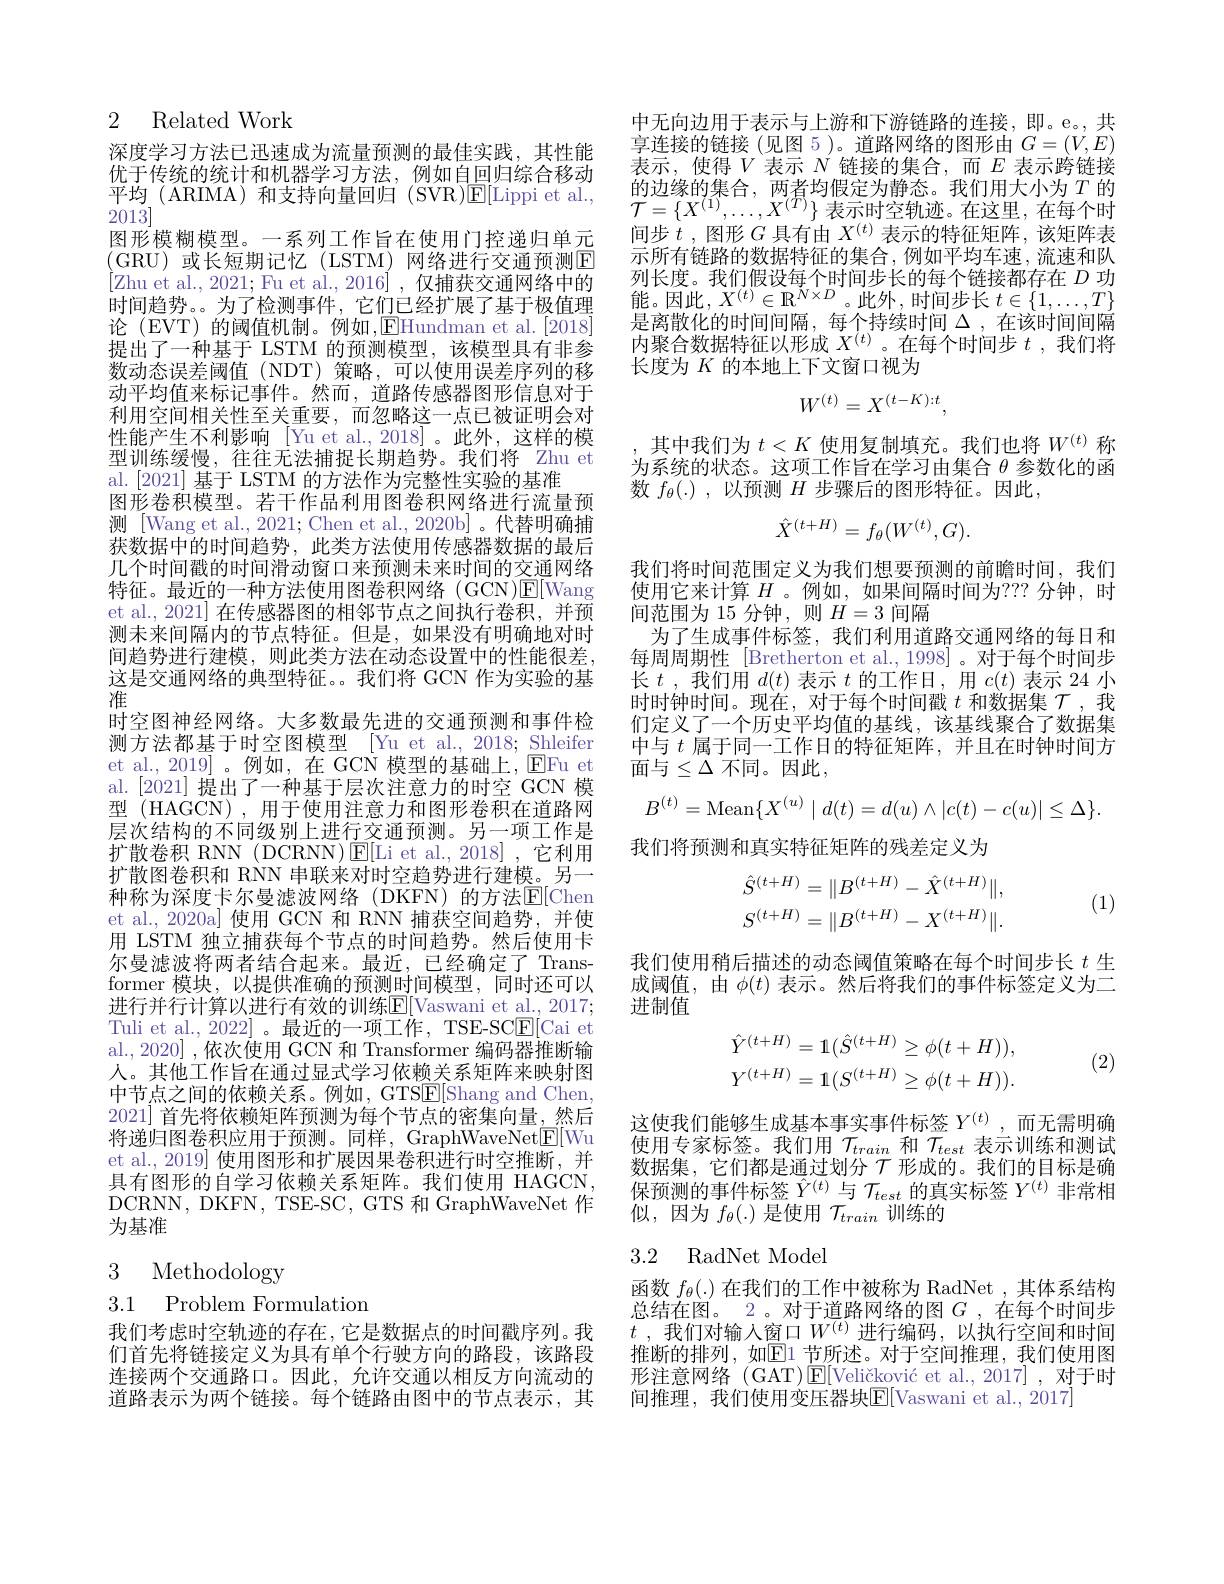
## 2 Related Work

深度学习方法已迅速成为流量预测的最佳实践，其性能优于传统的统计和机器学习方法，例如自回归综合移动平均 (ARIMA) 和支持向量回归 (SVR)$\mathsf{E}[$Lippi et al., 2013]
图形模糊模型。一系列工作旨在使用门控递归单元(GRU)或长短期记忆(LSTM)网络进行交通预测E [Zhu et al., 2021; Fu et al., 2016] , 仅捕获交通网络中的时间趋势。为了检测事件，它们已经扩展了基于极值理论 (EVT) 的阈值机制。例如，EHundman et al.[2018] 提出了一种基于 LSTM 的预测模型，该模型具有非参数动态误差阈值(NDT)策略，可以使用误差序列的移动平均值来标记事件。然而，道路传感器图形信息对于利用空间相关性至关重要，而忽略这一点已被证明会对性能产生不利影响[Yu et al., 2018]。此外，这样的模型训练缓慢，往往无法捕捉长期趋势。我们将 Zhu et al.[2021] 基于 LSTM 的方法作为完整性实验的基准
图形卷积模型。若干作品利用图卷积网络进行流量预测[Wang et al., 2021; Chen et al., 2020b]。代替明确捕获数据中的时间趋势，此类方法使用传感器数据的最后几个时间戳的时间滑动窗口来预测未来时间的交通网络特征。最近的一种方法使用图卷积网络(GCN)$\mathsf{E}[$Wang et al., 2021] 在传感器图的相邻节点之间执行卷积，并预测未来间隔内的节点特征。但是，如果没有明确地对时间趋势进行建模，则此类方法在动态设置中的性能很差， 这是交通网络的典型特征。。我们将 GCN 作为实验的基淮
时空图神经网络。大多数最先进的交通预测和事件检测方法都基于时空图模型 [Yu et al., 2018; Shleifer et al., 2019]。例如，在 GCN 模型的基础上，$\operatorname{EFu}$ et al. [2021] 提出了一种基于层次注意力的时空 GCN 模型 (HAGCN), 用于使用注意力和图形卷积在道路网层次结构的不同级别上进行交通预测。另一项工作是扩散卷积 RNN (DCRNN)$\operatorname{E}[$Li et al.,2018],它利用扩散图卷积和 RNN 串联来对时空趋势进行建模。另一种称为深度卡尔曼滤波网络(DKFN)的方法$\mathbb{E}[$Chen et al., 2020a] 使用 GCN 和 RNN 捕获空间趋势，并使用 LSTM 独立捕获每个节点的时间趋势。然后使用卡尔曼滤波将两者结合起来。最近，已经确定了 Transformer 模块，以提供准确的预测时间模型，同时还可以进行并行计算以进行有效的训练$\overline{\mathrm{E}}[$Vaswani et al., 2017; Tuli et al., 2022] 。最近的一项工作，TSE-SC$\underline{\mathrm{E}}[$Cai et al., 2020] , 依次使用 GCN 和 Transformer 编码器推断输人。其他工作旨在通过显式学习依赖关系矩阵来映射图中节点之间的依赖关系。例如，GTSE[Shang and Chen, 2021] 首先将依赖矩阵预测为每个节点的密集向量，然后将递归图卷积应用于预测。同样，GraphWaveNet$\underline{\mathrm{E}}[$Wu et al., 2019] 使用图形和扩展因果卷积进行时空推断，并具有图形的自学习依赖关系矩阵。我们使用 HAGCN DCRNN, DKFN, TSE-SC, GTS 和 GraphWaveNet 作为基准

3 Methodology

3.1 Problem Formulatiom

我们考虑时空轨迹的存在，它是数据点的时间戳序列。我们首先将链接定义为具有单个行驶方向的路段，该路段连接两个交通路口。因此，允许交通以相反方向流动的道路表示为两个链接。每个链路由图中的节点表示，其

中无向边用于表示与上游和下游链路的连接，即。e。,共享连接的链接(见图 5)。道路网络的图形由$G=(V,E)$ 表示，使得$V$表示$N$链接的集合，而$E$ 表示跨链接的边缘的集合，两者均假定为静态。我们用大小为$T$的$\mathcal{T}=\{X^{(1)},\ldots,X^{(T)}\}$表示时空轨迹。在这里，在每个时间步$t$ ,图形$G$具有由$X^(t)$表示的特征矩阵，该矩阵表示所有链路的数据特征的集合，例如平均车速，流速和队列长度。我们假设每个时间步长的每个链接都存在$D$功能。因此，$X^(t)\in\mathbb{R}^{N\times D}$。此外，时间步长$t\in\{1,\ldots,T\}$ 是离散化的时间间隔，每个持续时间$\Delta$ ,在该时间间隔内聚合数据特征以形成$X^{(t)}$。在每个时间步$t$ ,我们将长度为$K$的本地上下文窗口视为
$$W^{(t)}=X^{(t-K):t},$$
其中我们为$t<K$使用复制填充。我们也将$W^{(t)}$称为系统的状态。这项工作旨在学习由集合$\theta$参数化的函数$f_\theta(.)$,以预测$H$步骤后的图形特征。因此，
$$\hat{X}^{(t+H)}=f_{\theta}(W^{(t)},G).$$
我们将时间范围定义为我们想要预测的前瞻时间，我们使用它来计算$H$ 。例如，如果间隔时间为？?? 分钟，时间范围为 15 分钟，则$H=3$间隔
为了生成事件标签，我们利用道路交通网络的每日和每周周期性 [Bretherton et al.,1998]。对于每个时间步长$t$ ,我们用$d(t)$表示$t$的工作日，用$c(t)$表示 24 小时时钟时间。现在，对于每个时间戳$t$和数据集$\mathcal{T}$ ,我们定义了一个历史平均值的基线，该基线聚合了数据集中与$t$属于同一工作日的特征矩阵，并且在时钟时间方面与$\leq\Delta$ 不同。因此，
$$B^{(t)}=\text{Mean}\{X^{(u)}\mid d(t)=d(u)\wedge|c(t)-c(u)|\leq\Delta\}.$$
我们将预测和真实特征矩阵的残差定义为
$$\begin{aligned}\hat{S}^{(t+H)}&=\|B^{(t+H)}-\hat{X}^{(t+H)}\|,\\S^{(t+H)}&=\|B^{(t+H)}-X^{(t+H)}\|.\end{aligned}$$
(1)

我们使用稍后描述的动态阈值策略在每个时间步长$t$生成阈值，由$\phi(t)$表示。然后将我们的事件标签定义为二进制值
$$\begin{aligned}\hat{Y}^{(t+H)}&=1(\hat{S}^{(t+H)}\geq\phi(t+H)),\\Y^{(t+H)}&=1(S^{(t+H)}\geq\phi(t+H)).\end{aligned}$$
(2)

这使我们能够生成基本事实事件标签$Y^{(t)}$ ,而无需明确使用专家标签。我们用$\mathcal{T}_{train}$和$\mathcal{T}_{test}$表示训练和测试数 据 集 , 它 们 都 是 通 过 划 分 $\mathcal{T}$ 形 成 的 。我 们 的 目 标 是 确 保 预 测 的 事 件 标 签 $\hat{Y} ^{( t) }$ 与 $\mathcal{T} _{test}$ 的 真 实 标 签 $Y^{( t) }$ 非 常 相似，因为$f_\theta(.)$是使用$\mathcal{T}_train$训练的

## 3.2 RadNet Model

函数$f_\theta(.)$在我们的工作中被称为 RadNet,其体系结构总结在图。2 。对于道路网络的图$G$ ,在每个时间步$t$ ,我们对输入窗口$W^{(t)}$进行编码，以执行空间和时间推断的排列，如$\overline{\mathrm{E}}$1 节所述。对于空间推理，我们使用图形注意网络(GAT)E$[ Veli\v ckovi\' {c}etal. , 2017]$,对于时间推理，我们使用变压器块E[Vaswani et al.,2017]